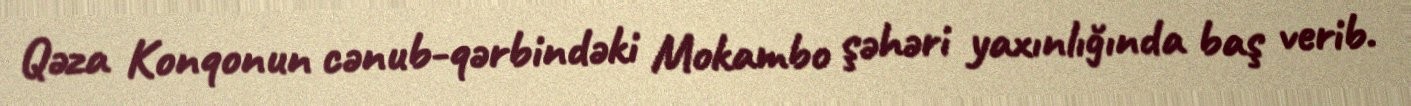
Qəza Konqonun cənub-qərbindəki Mokambo şəhəri yaxınlığında baş verib.